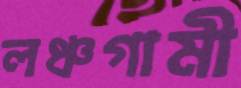
লঞ্চগামী